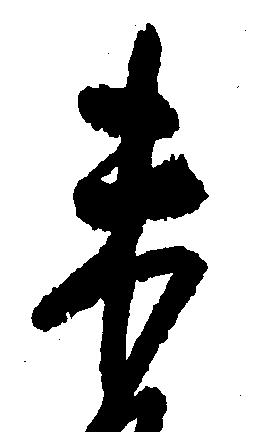
未